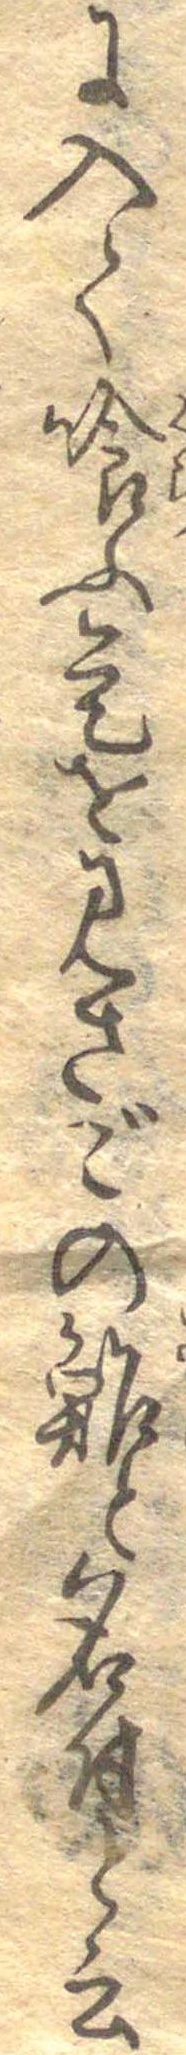
に入て喰ふ是をみさごの鮓と名付と云